Vaccination in Bombay 1889-1901 - 1889-1901
Year: 1889
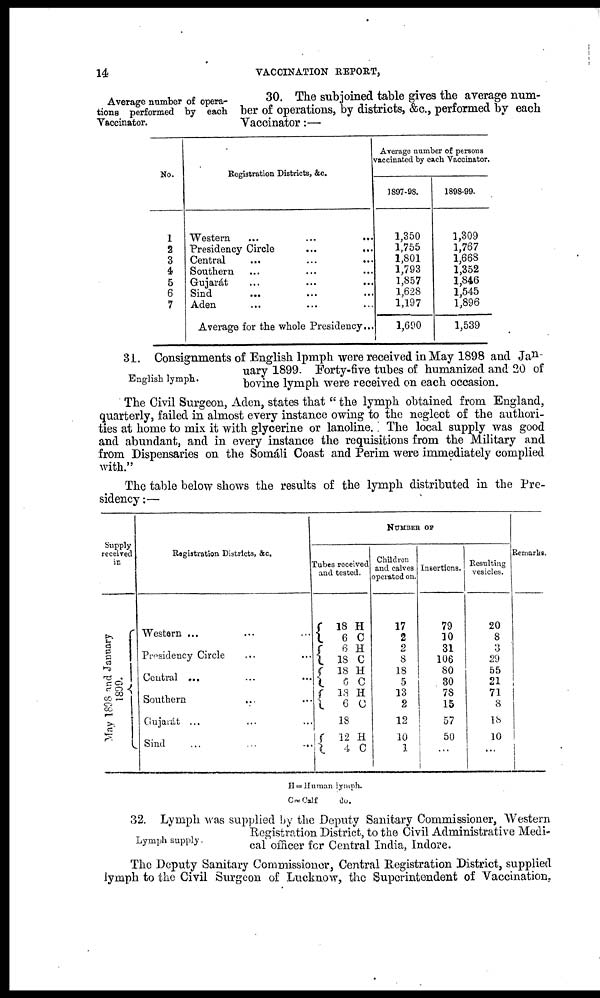
14
VACCINATION REPORT,
Average number of opera-
tions performed by each
Vaccinator.
30. The subjoined table gives the average num-
ber of operations, by districts, &c., performed by each
Vaccinator:—
No.
1
2
3
4
5
6
7
Registration Districts, &c.
Western ... ... ...
Presidency Circle ... ...
Central ... ... ...
Southern ... ... ...
Gujarát ... ... ...
Sind
... ... ...
Aden ... ... ...
Average for the whole Presidency...
Average number of persons
vaccinated by each Vaccinator.
1897-98.
1,350
1,755
1,801
1,793
1,857
1,628
1,197
1,690
1898-99.
1,309
1,767
1,668
1,352
1,846
1,545
1,896
1,539
English lymph.
31. Consignments of English lpmph were received in May 1898 and Jan¬
uary 1899. Forty-five tubes of humanized and 20 of
bovine lymph were received on each occasion.
The Civil Surgeon, Aden, states that " the lymph obtained from England,
quarterly, failed in almost every instance owing to the neglect of the authori-
ties at home to mix it with glycerine or lanoline. The local supply was good
and abundant, and in every instance the requisitions from the Military and
from Dispensaries on the Somáli Coast and Perim were immediately complied
with."
The table below shows the results of the lymph distributed in the Pre-
sidency :—
Supply
received
in
May 1808 and January
1809.
Registration Districts, &c.
Western ... ... ...
Presidency Circle ... ...
Central ...
...
...
Southern ... ... ...
Gujarát ... ... ...
Sind
...
...
...
NUMBER OF
Tubes received
and tested.
18
6
6
18
18
6
18
6
H
C
H
C
H
C
H
C
18
12 4
H
C
Children
and calves
operated on.
17
2
2
8
18
5
13
2
12
10
1
Insertions.
79
10
31
106
80
80
78
15
57
50
...
Resulting
vesicles.
20
8
3
29
55
21
71
8
18
10
...
Remarks.
H = Human 1ymph.
C = Calf
do.
Lymph supply.
32. Lymph was supplied by the Deputy Sanitary Commissioner, Western
Registration District, to the Civil Administrative Medi-
cal officer for Central India, Indore.
The Deputy Sanitary Commissioner, Central Registration District, supplied
lymph to the Civil Surgeon of Lucknow, the Superintendent of Vaccination,